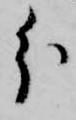
分